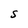
Character: S